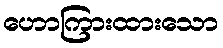
ဟောကြားထားသော